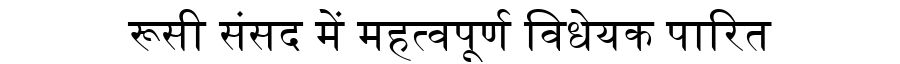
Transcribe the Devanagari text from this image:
रूसी संसद में महत्वपूर्ण विधेयक पारित